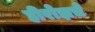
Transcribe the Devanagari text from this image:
हीरोझचे